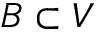
B \subset V